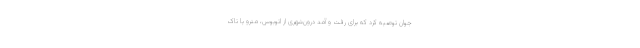
جوان توصیه کرد که برای رفت و آمد درون‌شهری از اتوبوس، مترو یا تاک